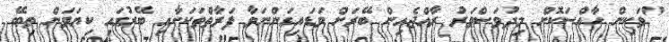
"ވަކިން ހާއްސަކޮށް މިދުވަސްވަރު ރާއްޖެއިން ބޭރަށް ވަޑައިގަންނަވާ ފަރާތްތަކަށާއި ބޭރުގައި ކިޔަވަން ތިބޭ